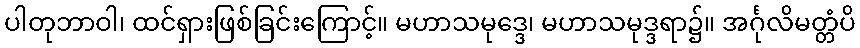
ပါတုဘာဝါ၊ ထင်ရှားဖြစ်ခြင်းကြောင့်။ မဟာသမုဒ္ဒေ၊ မဟာသမုဒ္ဒရာ၌။ အင်္ဂုလိမတ္တံပိ